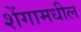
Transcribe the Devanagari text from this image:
शेंगामधील